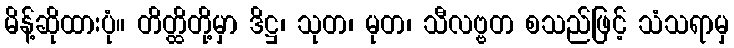
မိန့်ဆိုထားပုံ။ တိတ္ထိတို့မှာ ဒိဋ္ဌ၊ သုတ၊ မုတ၊ သီလဗ္ဗတ စသည်ဖြင့် သံသရာမှ